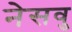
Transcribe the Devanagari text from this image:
नेसवु